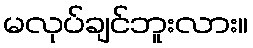
မလုပ်ချင်ဘူးလား။